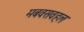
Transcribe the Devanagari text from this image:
मबवसवहल